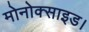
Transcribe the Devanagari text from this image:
मोनोक्साइड।